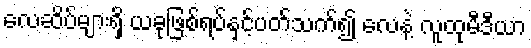
လေဆိပ်များရှိ ယခုဖြစ်ရပ်နှင့်ပတ်သက်၍ လေနဲ့ လူထုမီဒီယာ